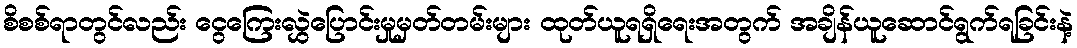
စိစစ်ရာတွင်လည်း ငွေကြေးလွှဲပြောင်းမှုမှတ်တမ်းများ ထုတ်ယူရရှိရေးအတွက် အချိန်ယူဆောင်ရွက်ရခြင်းနဲ့